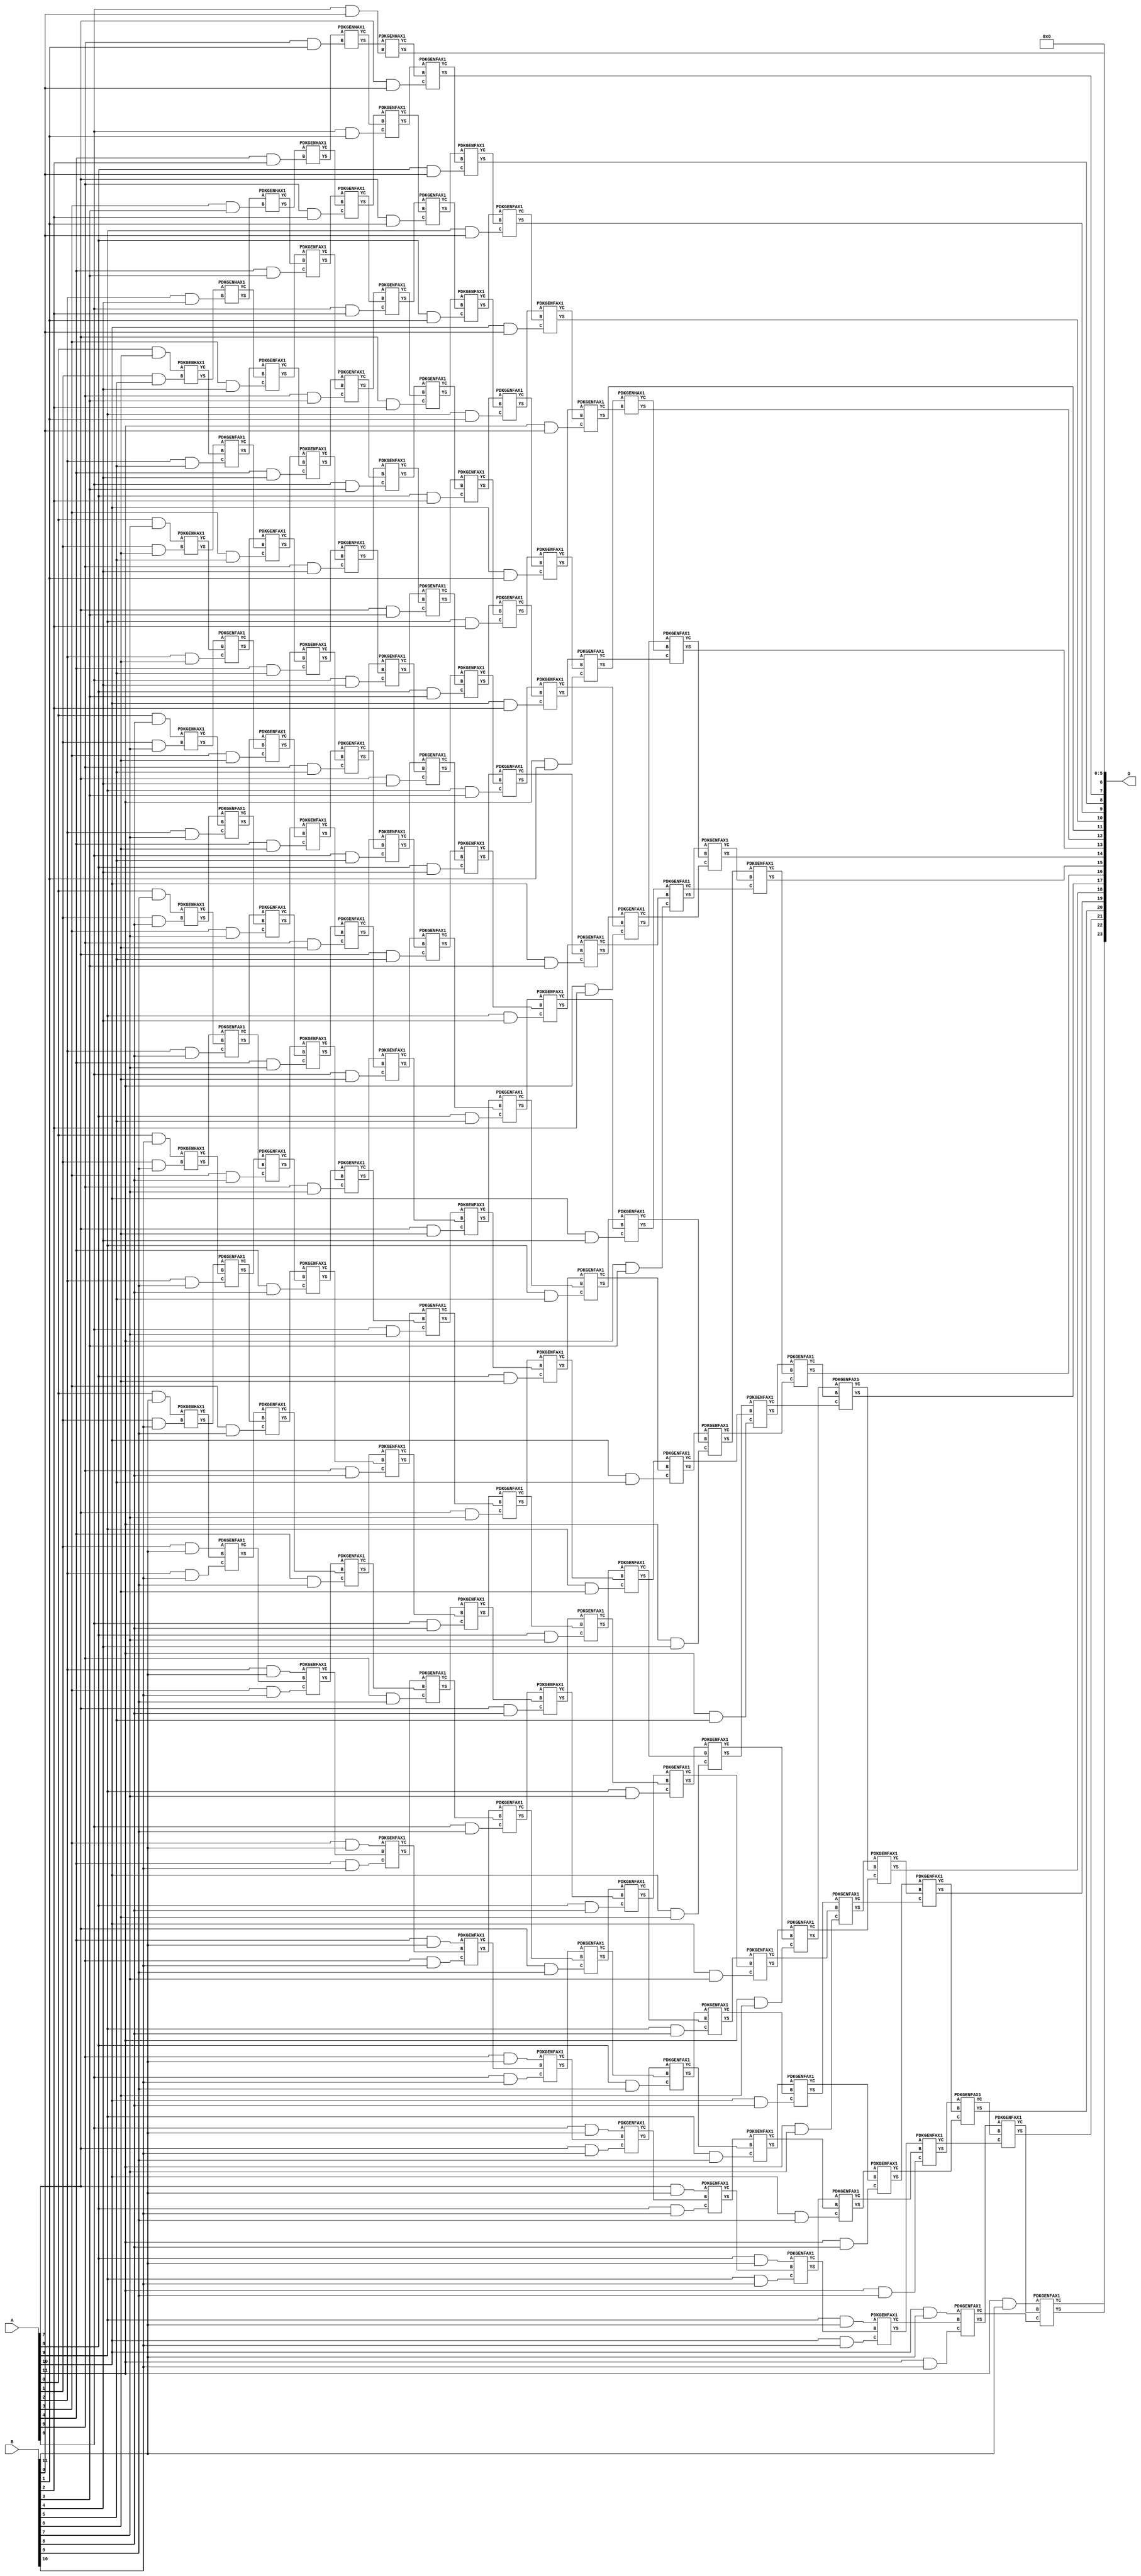
/***
* This code is a part of EvoApproxLib library (ehw.fit.vutbr.cz/approxlib) distributed under The MIT License.
* When used, please cite the following article(s): V. Mrazek, Z. Vasicek, L. Sekanina, H. Jiang and J. Han, "Scalable Construction of Approximate Multipliers With Formally Guaranteed Worst Case Error" in IEEE Transactions on Very Large Scale Integration (VLSI) Systems, vol. 26, no. 11, pp. 2572-2576, Nov. 2018. doi: 10.1109/TVLSI.2018.2856362 
* This file contains a circuit from a sub-set of pareto optimal circuits with respect to the pwr and mse parameters
***/
// MAE% = 0.00048 %
// MAE = 80 
// WCE% = 0.0019 %
// WCE = 321 
// WCRE% = 100.00 %
// EP% = 93.75 %
// MRE% = 0.026 %
// MSE = 9158 
// PDK45_PWR = 1.053 mW
// PDK45_AREA = 1405.1 um2
// PDK45_DELAY = 2.32 ns


module mul12u_2EG ( A, B, O );
  input [11:0] A;
  input [11:0] B;
  output [23:0] O;

  wire C_10_0,C_10_1,C_10_10,C_10_2,C_10_3,C_10_4,C_10_5,C_10_6,C_10_7,C_10_8,C_10_9,C_11_0,C_11_1,C_11_10,C_11_2,C_11_3,C_11_4,C_11_5,C_11_6,C_11_7,C_11_8,C_11_9,C_12_0,C_12_1,C_12_10,C_12_2,C_12_3,C_12_4,C_12_5,C_12_6,C_12_7,C_12_8,C_12_9,C_1_10,C_1_5,C_1_6,C_1_7,C_1_8,C_1_9,C_2_10,C_2_4,C_2_5,C_2_6,C_2_7,C_2_8,C_2_9,C_3_10,C_3_3,C_3_4,C_3_5,C_3_6,C_3_7,C_3_8,C_3_9,C_4_10,C_4_2,C_4_3,C_4_4,C_4_5,C_4_6,C_4_7,C_4_8,C_4_9,C_5_1,C_5_10,C_5_2,C_5_3,C_5_4,C_5_5,C_5_6,C_5_7,C_5_8,C_5_9,C_6_0,C_6_1,C_6_10,C_6_2,C_6_3,C_6_4,C_6_5,C_6_6,C_6_7,C_6_8,C_6_9,C_7_0,C_7_1,C_7_10,C_7_2,C_7_3,C_7_4,C_7_5,C_7_6,C_7_7,C_7_8,C_7_9,C_8_0,C_8_1,C_8_10,C_8_2,C_8_3,C_8_4,C_8_5,C_8_6,C_8_7,C_8_8,C_8_9,C_9_0,C_9_1,C_9_10,C_9_2,C_9_3,C_9_4,C_9_5,C_9_6,C_9_7,C_9_8,C_9_9,S_0_10,S_0_11,S_0_6,S_0_7,S_0_8,S_0_9,S_10_0,S_10_1,S_10_10,S_10_11,S_10_2,S_10_3,S_10_4,S_10_5,S_10_6,S_10_7,S_10_8,S_10_9,S_11_0,S_11_1,S_11_10,S_11_11,S_11_2,S_11_3,S_11_4,S_11_5,S_11_6,S_11_7,S_11_8,S_11_9,S_12_0,S_12_1,S_12_10,S_12_11,S_12_2,S_12_3,S_12_4,S_12_5,S_12_6,S_12_7,S_12_8,S_12_9,S_1_10,S_1_11,S_1_5,S_1_6,S_1_7,S_1_8,S_1_9,S_2_10,S_2_11,S_2_4,S_2_5,S_2_6,S_2_7,S_2_8,S_2_9,S_3_10,S_3_11,S_3_3,S_3_4,S_3_5,S_3_6,S_3_7,S_3_8,S_3_9,S_4_10,S_4_11,S_4_2,S_4_3,S_4_4,S_4_5,S_4_6,S_4_7,S_4_8,S_4_9,S_5_1,S_5_10,S_5_11,S_5_2,S_5_3,S_5_4,S_5_5,S_5_6,S_5_7,S_5_8,S_5_9,S_6_0,S_6_1,S_6_10,S_6_11,S_6_2,S_6_3,S_6_4,S_6_5,S_6_6,S_6_7,S_6_8,S_6_9,S_7_0,S_7_1,S_7_10,S_7_11,S_7_2,S_7_3,S_7_4,S_7_5,S_7_6,S_7_7,S_7_8,S_7_9,S_8_0,S_8_1,S_8_10,S_8_11,S_8_2,S_8_3,S_8_4,S_8_5,S_8_6,S_8_7,S_8_8,S_8_9,S_9_0,S_9_1,S_9_10,S_9_11,S_9_2,S_9_3,S_9_4,S_9_5,S_9_6,S_9_7,S_9_8,S_9_9;

  assign S_0_6 = (A[0] & B[6]);
  assign S_0_7 = (A[0] & B[7]);
  assign S_0_8 = (A[0] & B[8]);
  assign S_0_9 = (A[0] & B[9]);
  assign S_0_10 = (A[0] & B[10]);
  assign S_0_11 = (A[0] & B[11]);
  PDKGENHAX1 U13986 (.A(S_0_6), .B((A[1] & B[5])), .YS(S_1_5), .YC(C_1_5));
  PDKGENHAX1 U13987 (.A(S_0_7), .B((A[1] & B[6])), .YS(S_1_6), .YC(C_1_6));
  PDKGENHAX1 U13988 (.A(S_0_8), .B((A[1] & B[7])), .YS(S_1_7), .YC(C_1_7));
  PDKGENHAX1 U13989 (.A(S_0_9), .B((A[1] & B[8])), .YS(S_1_8), .YC(C_1_8));
  PDKGENHAX1 U13990 (.A(S_0_10), .B((A[1] & B[9])), .YS(S_1_9), .YC(C_1_9));
  PDKGENHAX1 U13991 (.A(S_0_11), .B((A[1] & B[10])), .YS(S_1_10), .YC(C_1_10));
  assign S_1_11 = (A[1] & B[11]);
  PDKGENHAX1 U13997 (.A(S_1_5), .B((A[2] & B[4])), .YS(S_2_4), .YC(C_2_4));
  PDKGENFAX1 U13998 (.A(S_1_6), .B(C_1_5), .C((A[2] & B[5])), .YS(S_2_5), .YC(C_2_5));
  PDKGENFAX1 U13999 (.A(S_1_7), .B(C_1_6), .C((A[2] & B[6])), .YS(S_2_6), .YC(C_2_6));
  PDKGENFAX1 U14000 (.A(S_1_8), .B(C_1_7), .C((A[2] & B[7])), .YS(S_2_7), .YC(C_2_7));
  PDKGENFAX1 U14001 (.A(S_1_9), .B(C_1_8), .C((A[2] & B[8])), .YS(S_2_8), .YC(C_2_8));
  PDKGENFAX1 U14002 (.A(S_1_10), .B(C_1_9), .C((A[2] & B[9])), .YS(S_2_9), .YC(C_2_9));
  PDKGENFAX1 U14003 (.A(S_1_11), .B(C_1_10), .C((A[2] & B[10])), .YS(S_2_10), .YC(C_2_10));
  assign S_2_11 = (A[2] & B[11]);
  PDKGENHAX1 U14008 (.A(S_2_4), .B((A[3] & B[3])), .YS(S_3_3), .YC(C_3_3));
  PDKGENFAX1 U14009 (.A(S_2_5), .B(C_2_4), .C((A[3] & B[4])), .YS(S_3_4), .YC(C_3_4));
  PDKGENFAX1 U14010 (.A(S_2_6), .B(C_2_5), .C((A[3] & B[5])), .YS(S_3_5), .YC(C_3_5));
  PDKGENFAX1 U14011 (.A(S_2_7), .B(C_2_6), .C((A[3] & B[6])), .YS(S_3_6), .YC(C_3_6));
  PDKGENFAX1 U14012 (.A(S_2_8), .B(C_2_7), .C((A[3] & B[7])), .YS(S_3_7), .YC(C_3_7));
  PDKGENFAX1 U14013 (.A(S_2_9), .B(C_2_8), .C((A[3] & B[8])), .YS(S_3_8), .YC(C_3_8));
  PDKGENFAX1 U14014 (.A(S_2_10), .B(C_2_9), .C((A[3] & B[9])), .YS(S_3_9), .YC(C_3_9));
  PDKGENFAX1 U14015 (.A(S_2_11), .B(C_2_10), .C((A[3] & B[10])), .YS(S_3_10), .YC(C_3_10));
  assign S_3_11 = (A[3] & B[11]);
  PDKGENHAX1 U14019 (.A(S_3_3), .B((A[4] & B[2])), .YS(S_4_2), .YC(C_4_2));
  PDKGENFAX1 U14020 (.A(S_3_4), .B(C_3_3), .C((A[4] & B[3])), .YS(S_4_3), .YC(C_4_3));
  PDKGENFAX1 U14021 (.A(S_3_5), .B(C_3_4), .C((A[4] & B[4])), .YS(S_4_4), .YC(C_4_4));
  PDKGENFAX1 U14022 (.A(S_3_6), .B(C_3_5), .C((A[4] & B[5])), .YS(S_4_5), .YC(C_4_5));
  PDKGENFAX1 U14023 (.A(S_3_7), .B(C_3_6), .C((A[4] & B[6])), .YS(S_4_6), .YC(C_4_6));
  PDKGENFAX1 U14024 (.A(S_3_8), .B(C_3_7), .C((A[4] & B[7])), .YS(S_4_7), .YC(C_4_7));
  PDKGENFAX1 U14025 (.A(S_3_9), .B(C_3_8), .C((A[4] & B[8])), .YS(S_4_8), .YC(C_4_8));
  PDKGENFAX1 U14026 (.A(S_3_10), .B(C_3_9), .C((A[4] & B[9])), .YS(S_4_9), .YC(C_4_9));
  PDKGENFAX1 U14027 (.A(S_3_11), .B(C_3_10), .C((A[4] & B[10])), .YS(S_4_10), .YC(C_4_10));
  assign S_4_11 = (A[4] & B[11]);
  PDKGENHAX1 U14030 (.A(S_4_2), .B((A[5] & B[1])), .YS(S_5_1), .YC(C_5_1));
  PDKGENFAX1 U14031 (.A(S_4_3), .B(C_4_2), .C((A[5] & B[2])), .YS(S_5_2), .YC(C_5_2));
  PDKGENFAX1 U14032 (.A(S_4_4), .B(C_4_3), .C((A[5] & B[3])), .YS(S_5_3), .YC(C_5_3));
  PDKGENFAX1 U14033 (.A(S_4_5), .B(C_4_4), .C((A[5] & B[4])), .YS(S_5_4), .YC(C_5_4));
  PDKGENFAX1 U14034 (.A(S_4_6), .B(C_4_5), .C((A[5] & B[5])), .YS(S_5_5), .YC(C_5_5));
  PDKGENFAX1 U14035 (.A(S_4_7), .B(C_4_6), .C((A[5] & B[6])), .YS(S_5_6), .YC(C_5_6));
  PDKGENFAX1 U14036 (.A(S_4_8), .B(C_4_7), .C((A[5] & B[7])), .YS(S_5_7), .YC(C_5_7));
  PDKGENFAX1 U14037 (.A(S_4_9), .B(C_4_8), .C((A[5] & B[8])), .YS(S_5_8), .YC(C_5_8));
  PDKGENFAX1 U14038 (.A(S_4_10), .B(C_4_9), .C((A[5] & B[9])), .YS(S_5_9), .YC(C_5_9));
  PDKGENFAX1 U14039 (.A(S_4_11), .B(C_4_10), .C((A[5] & B[10])), .YS(S_5_10), .YC(C_5_10));
  assign S_5_11 = (A[5] & B[11]);
  PDKGENHAX1 U14041 (.A(S_5_1), .B((A[6] & B[0])), .YS(S_6_0), .YC(C_6_0));
  PDKGENFAX1 U14042 (.A(S_5_2), .B(C_5_1), .C((A[6] & B[1])), .YS(S_6_1), .YC(C_6_1));
  PDKGENFAX1 U14043 (.A(S_5_3), .B(C_5_2), .C((A[6] & B[2])), .YS(S_6_2), .YC(C_6_2));
  PDKGENFAX1 U14044 (.A(S_5_4), .B(C_5_3), .C((A[6] & B[3])), .YS(S_6_3), .YC(C_6_3));
  PDKGENFAX1 U14045 (.A(S_5_5), .B(C_5_4), .C((A[6] & B[4])), .YS(S_6_4), .YC(C_6_4));
  PDKGENFAX1 U14046 (.A(S_5_6), .B(C_5_5), .C((A[6] & B[5])), .YS(S_6_5), .YC(C_6_5));
  PDKGENFAX1 U14047 (.A(S_5_7), .B(C_5_6), .C((A[6] & B[6])), .YS(S_6_6), .YC(C_6_6));
  PDKGENFAX1 U14048 (.A(S_5_8), .B(C_5_7), .C((A[6] & B[7])), .YS(S_6_7), .YC(C_6_7));
  PDKGENFAX1 U14049 (.A(S_5_9), .B(C_5_8), .C((A[6] & B[8])), .YS(S_6_8), .YC(C_6_8));
  PDKGENFAX1 U14050 (.A(S_5_10), .B(C_5_9), .C((A[6] & B[9])), .YS(S_6_9), .YC(C_6_9));
  PDKGENFAX1 U14051 (.A(S_5_11), .B(C_5_10), .C((A[6] & B[10])), .YS(S_6_10), .YC(C_6_10));
  assign S_6_11 = (A[6] & B[11]);
  PDKGENFAX1 U14053 (.A(S_6_1), .B(C_6_0), .C((A[7] & B[0])), .YS(S_7_0), .YC(C_7_0));
  PDKGENFAX1 U14054 (.A(S_6_2), .B(C_6_1), .C((A[7] & B[1])), .YS(S_7_1), .YC(C_7_1));
  PDKGENFAX1 U14055 (.A(S_6_3), .B(C_6_2), .C((A[7] & B[2])), .YS(S_7_2), .YC(C_7_2));
  PDKGENFAX1 U14056 (.A(S_6_4), .B(C_6_3), .C((A[7] & B[3])), .YS(S_7_3), .YC(C_7_3));
  PDKGENFAX1 U14057 (.A(S_6_5), .B(C_6_4), .C((A[7] & B[4])), .YS(S_7_4), .YC(C_7_4));
  PDKGENFAX1 U14058 (.A(S_6_6), .B(C_6_5), .C((A[7] & B[5])), .YS(S_7_5), .YC(C_7_5));
  PDKGENFAX1 U14059 (.A(S_6_7), .B(C_6_6), .C((A[7] & B[6])), .YS(S_7_6), .YC(C_7_6));
  PDKGENFAX1 U14060 (.A(S_6_8), .B(C_6_7), .C((A[7] & B[7])), .YS(S_7_7), .YC(C_7_7));
  PDKGENFAX1 U14061 (.A(S_6_9), .B(C_6_8), .C((A[7] & B[8])), .YS(S_7_8), .YC(C_7_8));
  PDKGENFAX1 U14062 (.A(S_6_10), .B(C_6_9), .C((A[7] & B[9])), .YS(S_7_9), .YC(C_7_9));
  PDKGENFAX1 U14063 (.A(S_6_11), .B(C_6_10), .C((A[7] & B[10])), .YS(S_7_10), .YC(C_7_10));
  assign S_7_11 = (A[7] & B[11]);
  PDKGENFAX1 U14065 (.A(S_7_1), .B(C_7_0), .C((A[8] & B[0])), .YS(S_8_0), .YC(C_8_0));
  PDKGENFAX1 U14066 (.A(S_7_2), .B(C_7_1), .C((A[8] & B[1])), .YS(S_8_1), .YC(C_8_1));
  PDKGENFAX1 U14067 (.A(S_7_3), .B(C_7_2), .C((A[8] & B[2])), .YS(S_8_2), .YC(C_8_2));
  PDKGENFAX1 U14068 (.A(S_7_4), .B(C_7_3), .C((A[8] & B[3])), .YS(S_8_3), .YC(C_8_3));
  PDKGENFAX1 U14069 (.A(S_7_5), .B(C_7_4), .C((A[8] & B[4])), .YS(S_8_4), .YC(C_8_4));
  PDKGENFAX1 U14070 (.A(S_7_6), .B(C_7_5), .C((A[8] & B[5])), .YS(S_8_5), .YC(C_8_5));
  PDKGENFAX1 U14071 (.A(S_7_7), .B(C_7_6), .C((A[8] & B[6])), .YS(S_8_6), .YC(C_8_6));
  PDKGENFAX1 U14072 (.A(S_7_8), .B(C_7_7), .C((A[8] & B[7])), .YS(S_8_7), .YC(C_8_7));
  PDKGENFAX1 U14073 (.A(S_7_9), .B(C_7_8), .C((A[8] & B[8])), .YS(S_8_8), .YC(C_8_8));
  PDKGENFAX1 U14074 (.A(S_7_10), .B(C_7_9), .C((A[8] & B[9])), .YS(S_8_9), .YC(C_8_9));
  PDKGENFAX1 U14075 (.A(S_7_11), .B(C_7_10), .C((A[8] & B[10])), .YS(S_8_10), .YC(C_8_10));
  assign S_8_11 = (A[8] & B[11]);
  PDKGENFAX1 U14077 (.A(S_8_1), .B(C_8_0), .C((A[9] & B[0])), .YS(S_9_0), .YC(C_9_0));
  PDKGENFAX1 U14078 (.A(S_8_2), .B(C_8_1), .C((A[9] & B[1])), .YS(S_9_1), .YC(C_9_1));
  PDKGENFAX1 U14079 (.A(S_8_3), .B(C_8_2), .C((A[9] & B[2])), .YS(S_9_2), .YC(C_9_2));
  PDKGENFAX1 U14080 (.A(S_8_4), .B(C_8_3), .C((A[9] & B[3])), .YS(S_9_3), .YC(C_9_3));
  PDKGENFAX1 U14081 (.A(S_8_5), .B(C_8_4), .C((A[9] & B[4])), .YS(S_9_4), .YC(C_9_4));
  PDKGENFAX1 U14082 (.A(S_8_6), .B(C_8_5), .C((A[9] & B[5])), .YS(S_9_5), .YC(C_9_5));
  PDKGENFAX1 U14083 (.A(S_8_7), .B(C_8_6), .C((A[9] & B[6])), .YS(S_9_6), .YC(C_9_6));
  PDKGENFAX1 U14084 (.A(S_8_8), .B(C_8_7), .C((A[9] & B[7])), .YS(S_9_7), .YC(C_9_7));
  PDKGENFAX1 U14085 (.A(S_8_9), .B(C_8_8), .C((A[9] & B[8])), .YS(S_9_8), .YC(C_9_8));
  PDKGENFAX1 U14086 (.A(S_8_10), .B(C_8_9), .C((A[9] & B[9])), .YS(S_9_9), .YC(C_9_9));
  PDKGENFAX1 U14087 (.A(S_8_11), .B(C_8_10), .C((A[9] & B[10])), .YS(S_9_10), .YC(C_9_10));
  assign S_9_11 = (A[9] & B[11]);
  PDKGENFAX1 U14089 (.A(S_9_1), .B(C_9_0), .C((A[10] & B[0])), .YS(S_10_0), .YC(C_10_0));
  PDKGENFAX1 U14090 (.A(S_9_2), .B(C_9_1), .C((A[10] & B[1])), .YS(S_10_1), .YC(C_10_1));
  PDKGENFAX1 U14091 (.A(S_9_3), .B(C_9_2), .C((A[10] & B[2])), .YS(S_10_2), .YC(C_10_2));
  PDKGENFAX1 U14092 (.A(S_9_4), .B(C_9_3), .C((A[10] & B[3])), .YS(S_10_3), .YC(C_10_3));
  PDKGENFAX1 U14093 (.A(S_9_5), .B(C_9_4), .C((A[10] & B[4])), .YS(S_10_4), .YC(C_10_4));
  PDKGENFAX1 U14094 (.A(S_9_6), .B(C_9_5), .C((A[10] & B[5])), .YS(S_10_5), .YC(C_10_5));
  PDKGENFAX1 U14095 (.A(S_9_7), .B(C_9_6), .C((A[10] & B[6])), .YS(S_10_6), .YC(C_10_6));
  PDKGENFAX1 U14096 (.A(S_9_8), .B(C_9_7), .C((A[10] & B[7])), .YS(S_10_7), .YC(C_10_7));
  PDKGENFAX1 U14097 (.A(S_9_9), .B(C_9_8), .C((A[10] & B[8])), .YS(S_10_8), .YC(C_10_8));
  PDKGENFAX1 U14098 (.A(S_9_10), .B(C_9_9), .C((A[10] & B[9])), .YS(S_10_9), .YC(C_10_9));
  PDKGENFAX1 U14099 (.A(S_9_11), .B(C_9_10), .C((A[10] & B[10])), .YS(S_10_10), .YC(C_10_10));
  assign S_10_11 = (A[10] & B[11]);
  PDKGENFAX1 U14101 (.A(S_10_1), .B(C_10_0), .C((A[11] & B[0])), .YS(S_11_0), .YC(C_11_0));
  PDKGENFAX1 U14102 (.A(S_10_2), .B(C_10_1), .C((A[11] & B[1])), .YS(S_11_1), .YC(C_11_1));
  PDKGENFAX1 U14103 (.A(S_10_3), .B(C_10_2), .C((A[11] & B[2])), .YS(S_11_2), .YC(C_11_2));
  PDKGENFAX1 U14104 (.A(S_10_4), .B(C_10_3), .C((A[11] & B[3])), .YS(S_11_3), .YC(C_11_3));
  PDKGENFAX1 U14105 (.A(S_10_5), .B(C_10_4), .C((A[11] & B[4])), .YS(S_11_4), .YC(C_11_4));
  PDKGENFAX1 U14106 (.A(S_10_6), .B(C_10_5), .C((A[11] & B[5])), .YS(S_11_5), .YC(C_11_5));
  PDKGENFAX1 U14107 (.A(S_10_7), .B(C_10_6), .C((A[11] & B[6])), .YS(S_11_6), .YC(C_11_6));
  PDKGENFAX1 U14108 (.A(S_10_8), .B(C_10_7), .C((A[11] & B[7])), .YS(S_11_7), .YC(C_11_7));
  PDKGENFAX1 U14109 (.A(S_10_9), .B(C_10_8), .C((A[11] & B[8])), .YS(S_11_8), .YC(C_11_8));
  PDKGENFAX1 U14110 (.A(S_10_10), .B(C_10_9), .C((A[11] & B[9])), .YS(S_11_9), .YC(C_11_9));
  PDKGENFAX1 U14111 (.A(S_10_11), .B(C_10_10), .C((A[11] & B[10])), .YS(S_11_10), .YC(C_11_10));
  assign S_11_11 = (A[11] & B[11]);
  PDKGENHAX1 U14113 (.A(S_11_1), .B(C_11_0), .YS(S_12_0), .YC(C_12_0));
  PDKGENFAX1 U14114 (.A(S_11_2), .B(C_12_0), .C(C_11_1), .YS(S_12_1), .YC(C_12_1));
  PDKGENFAX1 U14115 (.A(S_11_3), .B(C_12_1), .C(C_11_2), .YS(S_12_2), .YC(C_12_2));
  PDKGENFAX1 U14116 (.A(S_11_4), .B(C_12_2), .C(C_11_3), .YS(S_12_3), .YC(C_12_3));
  PDKGENFAX1 U14117 (.A(S_11_5), .B(C_12_3), .C(C_11_4), .YS(S_12_4), .YC(C_12_4));
  PDKGENFAX1 U14118 (.A(S_11_6), .B(C_12_4), .C(C_11_5), .YS(S_12_5), .YC(C_12_5));
  PDKGENFAX1 U14119 (.A(S_11_7), .B(C_12_5), .C(C_11_6), .YS(S_12_6), .YC(C_12_6));
  PDKGENFAX1 U14120 (.A(S_11_8), .B(C_12_6), .C(C_11_7), .YS(S_12_7), .YC(C_12_7));
  PDKGENFAX1 U14121 (.A(S_11_9), .B(C_12_7), .C(C_11_8), .YS(S_12_8), .YC(C_12_8));
  PDKGENFAX1 U14122 (.A(S_11_10), .B(C_12_8), .C(C_11_9), .YS(S_12_9), .YC(C_12_9));
  PDKGENFAX1 U14123 (.A(S_11_11), .B(C_12_9), .C(C_11_10), .YS(S_12_10), .YC(C_12_10));
  assign S_12_11 = C_12_10;
  assign O = {S_12_11,S_12_10,S_12_9,S_12_8,S_12_7,S_12_6,S_12_5,S_12_4,S_12_3,S_12_2,S_12_1,S_12_0,S_11_0,S_10_0,S_9_0,S_8_0,S_7_0,S_6_0,1'b0,1'b0,1'b0,1'b0,1'b0,1'b0};

endmodule

/* mod */
module PDKGENHAX1( input A, input B, output YS, output YC );
    assign YS = A ^ B;
    assign YC = A & B;
endmodule
/* mod */
module PDKGENFAX1( input A, input B, input C, output YS, output YC );
    assign YS = (A ^ B) ^ C;
    assign YC = (A & B) | (B & C) | (A & C);
endmodule